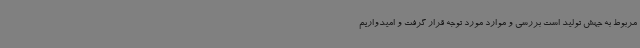
مربوط به جهش تولید است بررسی و موارد مورد توجه قرار گرفت و امیدواریم